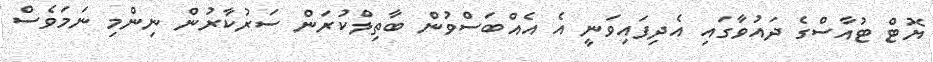
ޔޮޓް ޓުއާސްގެ ދައުވާގައި އެދިފައިވަނީ އެ އެއްބަސްވުން ބާތިލްކުރަން ސަރުކާރުން ނިންމި ނަމަވެސް